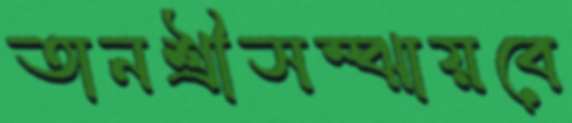
তানশ্রীসম্‌ঝায়বে